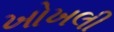
ખોખલી